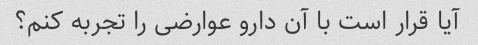
آیا قرار است با آن دارو عوارضی را تجربه کنم؟